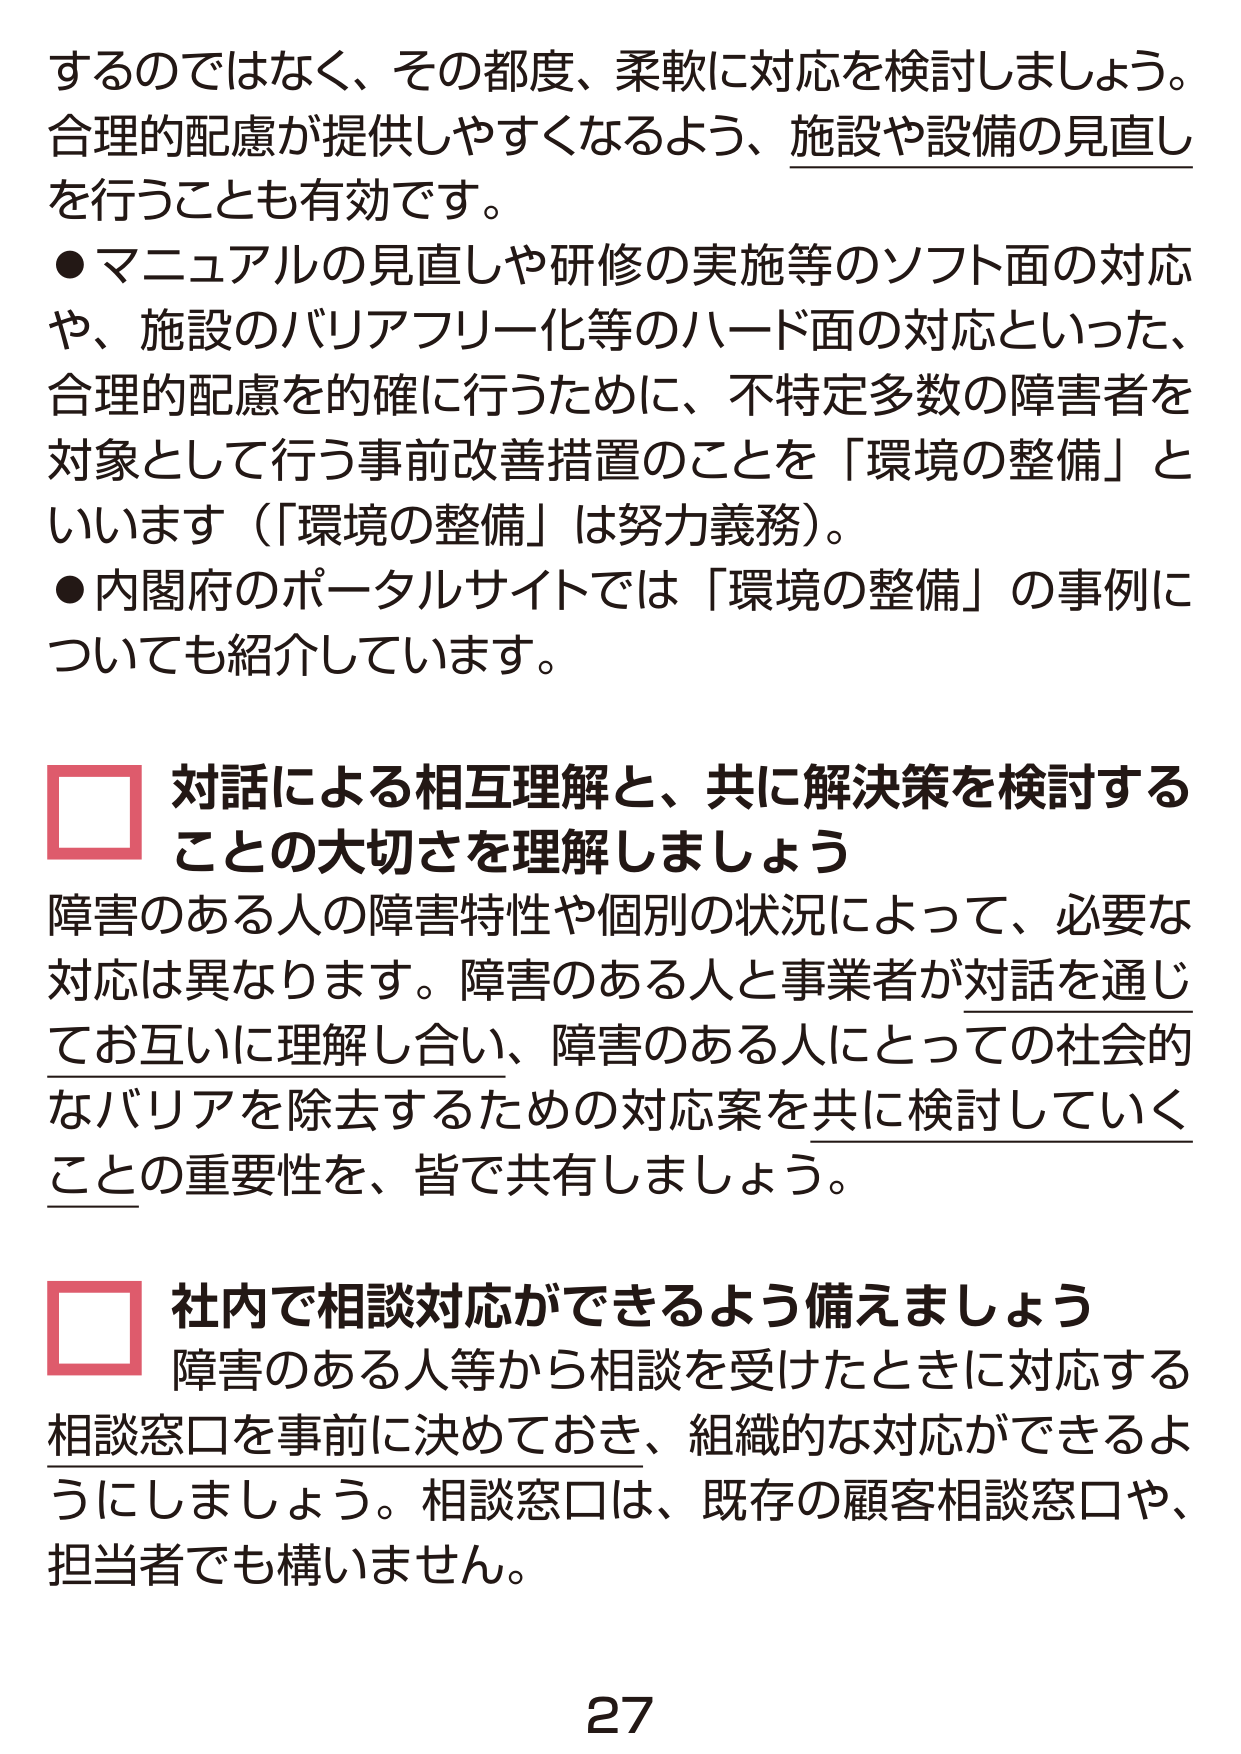
するのではなく、その都度、柔軟に対応を検討しましょう。
合理的配慮が提供しやすくなるよう、施設や設備の見直しを行うことも有効です。
●マニュアルの見直しや研修の実施等のソフト面の対応や、施設のバリアフリー化等のハード面の対応といった、合理的配慮を的確に行うために、不特定多数の障害者を対象として行う事前改善措置のことを「環境の整備」といいます（「環境の整備」は努力義務）。
●内閣府のポータルサイトでは「環境の整備」の事例についても紹介しています。

□ 対話による相互理解と、共に解決策を検討することの大切さを理解しましょう
障害のある人の障害特性や個別の状況によって、必要な対応は異なります。障害のある人と事業者が対話を通じてお互いに理解し合い、障害のある人にとっての社会的なバリアを除去するための対応案を共に検討していくことの重要性を、皆で共有しましょう。

□ 社内で相談対応ができるよう備えましょう
障害のある人等から相談を受けたときに対応する相談窓口を事前に決めておき、組織的な対応ができるようにしましょう。相談窓口は、既存の顧客相談窓口や、担当者でも構いません。

27